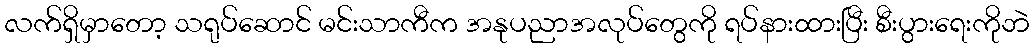
လက်ရှိမှာတော့ သရုပ်ဆောင် မင်းသာကီက အနုပညာအလုပ်တွေကို ရပ်နားထားပြီး စီးပွားရေးကိုဘဲ